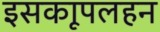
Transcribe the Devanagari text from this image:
इसकाूपलहन